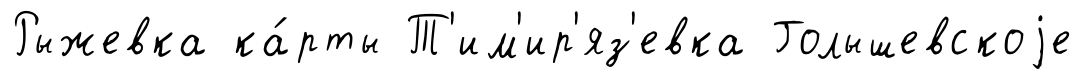
Рыжевка ка́рты Т'им'ир'яз'евка Голышевскоjе